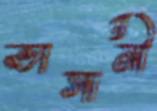
ভাসানী